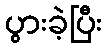
ပွားခဲ့ပြီး